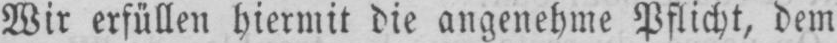
Wir erfüllen hiermit die angenehme Pflicht, dem